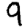
Digit: 9